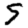
Digit: 5